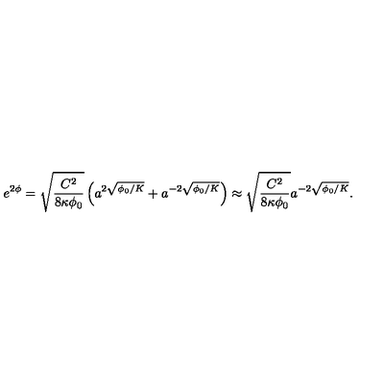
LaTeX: e ^ { 2 \phi } = \sqrt { \frac { C ^ { 2 } } { 8 \kappa \phi _ { 0 } } } \left( a ^ { 2 \sqrt { \phi _ { 0 } / K } } + a ^ { - 2 \sqrt { \phi _ { 0 } / K } } \right) \approx \sqrt { \frac { C ^ { 2 } } { 8 \kappa \phi _ { 0 } } } a ^ { - 2 \sqrt { \phi _ { 0 } / K } } .